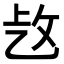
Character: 𢼁